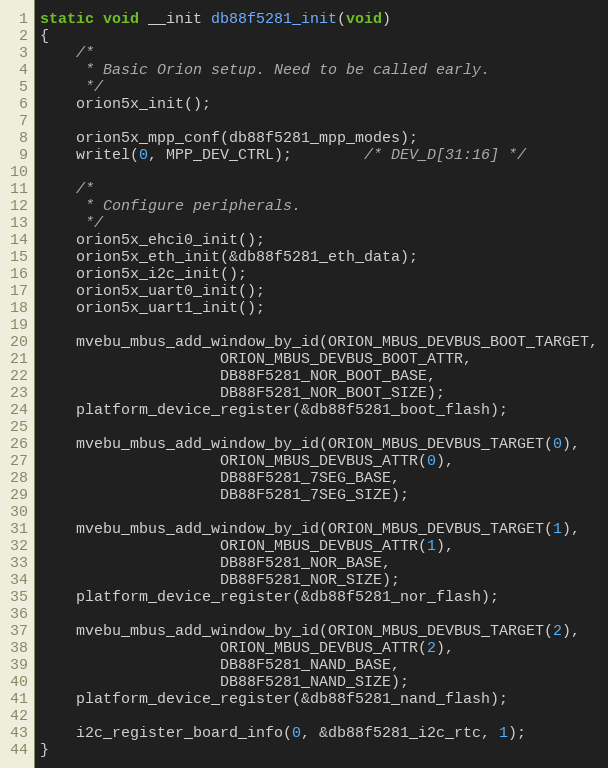
Language: C
static void __init db88f5281_init(void)
{
	/*
	 * Basic Orion setup. Need to be called early.
	 */
	orion5x_init();

	orion5x_mpp_conf(db88f5281_mpp_modes);
	writel(0, MPP_DEV_CTRL);		/* DEV_D[31:16] */

	/*
	 * Configure peripherals.
	 */
	orion5x_ehci0_init();
	orion5x_eth_init(&db88f5281_eth_data);
	orion5x_i2c_init();
	orion5x_uart0_init();
	orion5x_uart1_init();

	mvebu_mbus_add_window_by_id(ORION_MBUS_DEVBUS_BOOT_TARGET,
				    ORION_MBUS_DEVBUS_BOOT_ATTR,
				    DB88F5281_NOR_BOOT_BASE,
				    DB88F5281_NOR_BOOT_SIZE);
	platform_device_register(&db88f5281_boot_flash);

	mvebu_mbus_add_window_by_id(ORION_MBUS_DEVBUS_TARGET(0),
				    ORION_MBUS_DEVBUS_ATTR(0),
				    DB88F5281_7SEG_BASE,
				    DB88F5281_7SEG_SIZE);

	mvebu_mbus_add_window_by_id(ORION_MBUS_DEVBUS_TARGET(1),
				    ORION_MBUS_DEVBUS_ATTR(1),
				    DB88F5281_NOR_BASE,
				    DB88F5281_NOR_SIZE);
	platform_device_register(&db88f5281_nor_flash);

	mvebu_mbus_add_window_by_id(ORION_MBUS_DEVBUS_TARGET(2),
				    ORION_MBUS_DEVBUS_ATTR(2),
				    DB88F5281_NAND_BASE,
				    DB88F5281_NAND_SIZE);
	platform_device_register(&db88f5281_nand_flash);

	i2c_register_board_info(0, &db88f5281_i2c_rtc, 1);
}